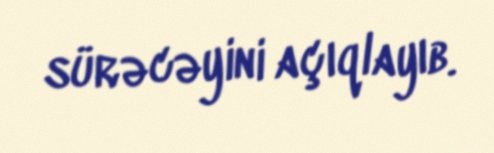
sürəcəyini açıqlayıb.